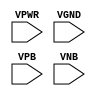
module sky130_fd_sc_ls__decap (
    VPWR,
    VGND,
    VPB ,
    VNB
);

    input VPWR;
    input VGND;
    input VPB ;
    input VNB ;
endmodule